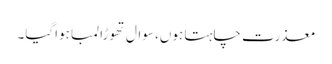
معذرت چاہتا ہوں، سوال تھوڑا لمبا ہواگیا۔